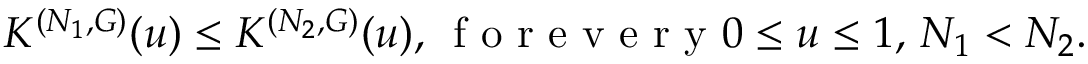
K ^ { ( N _ { 1 } , G ) } ( u ) \le K ^ { ( N _ { 2 } , G ) } ( u ) , \, \mathrm { ~ f ~ o ~ r ~ e ~ v ~ e ~ r ~ y ~ } 0 \le u \le 1 , \, N _ { 1 } < N _ { 2 } .